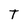
Character: T